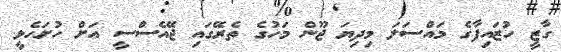
ގާޒީ ހުޒައިފާގެ މައްސަލަ މިދިޔަ ޖޫން މަހުގެ ތެރޭގައި ޖޭއެސްސީ އަށް ހުށަހެޅީ